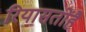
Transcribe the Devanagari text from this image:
रियासतोंहै